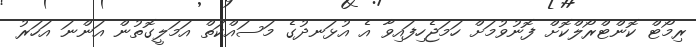
ރިމޯޓް ކޮންޓްރޯލްކޮށް ފޮނުވުމަށް ހަމަޖެހިފައިވާ އެ އުޅަނދުގެ މަސައްކަތް އަމަލީގޮތުން އަންނަ އަހަރު